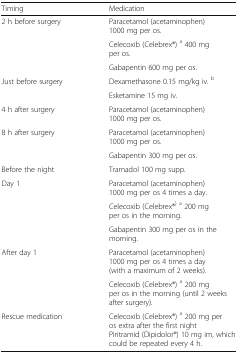
<table><thead><tr><td><b>Timing</b></td><td><b>Medication</b></td></tr></thead><tbody><tr><td rowspan="3">2 h before surgery</td><td>Paracetamol (acetaminophen) 1000 mg per os.</td></tr><tr><td>Celecoxib (Celebrex®) <sup>a</sup> 400 mg per os.</td></tr><tr><td>Gabapentin 600 mg per os.</td></tr><tr><td rowspan="2">Just before surgery</td><td>Dexamethasone 0.15 mg/kg iv. <sup>b</sup></td></tr><tr><td>Esketamine 15 mg iv.</td></tr><tr><td>4 h after surgery</td><td>Paracetamol (acetaminophen) 1000 mg per os.</td></tr><tr><td rowspan="2">8 h after surgery</td><td>Paracetamol (acetaminophen) 1000 mg per os.</td></tr><tr><td>Gabapentin 300 mg per os.</td></tr><tr><td>Before the night</td><td>Tramadol 100 mg supp.</td></tr><tr><td rowspan="3">Day 1</td><td>Paracetamol (acetaminophen) 1000 mg per os 4 times a day.</td></tr><tr><td>Celecoxib (Celebrex®<sup>) a</sup> 200 mg per os in the morning.</td></tr><tr><td>Gabapentin 300 mg per os in the morning.</td></tr><tr><td rowspan="2">After day 1</td><td>Paracetamol (acetaminophen) 1000 mg per os 4 times a day (with a maximum of 2 weeks).</td></tr><tr><td>Celecoxib (Celebrex®) <sup>a</sup> 200 mg per os in the morning (until 2 weeks after surgery).</td></tr><tr><td>Rescue medication</td><td>Celecoxib (Celebrex®) <sup>a</sup> 200 mg per os extra after the first nightPiritramid (Dipidolor®) 10 mg im, which could be repeated every 4 h.</td></tr></tbody></table>